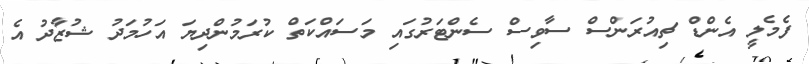
ފެމެލީ އެންޑް ޗިއުރަންސް ސާވިސް ސެންޓަރުގައި މަސައްކަތް ކުރަމުންދިޔަ އަހުމަދު ޝުޒާދު އެ